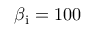
\beta _ { \mathrm { i } } = 1 0 0